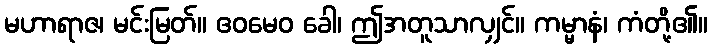
မဟာရာဇ၊ မင်းမြတ်။ ဧဝမေဝ ခေါ၊ ဤအတူသာလျှင်။ ကမ္မာနံ၊ ကံတို့၏။